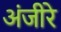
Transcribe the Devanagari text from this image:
अंजीरे